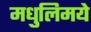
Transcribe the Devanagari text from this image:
मधुलिमये